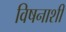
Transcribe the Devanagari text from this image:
विषनाशी